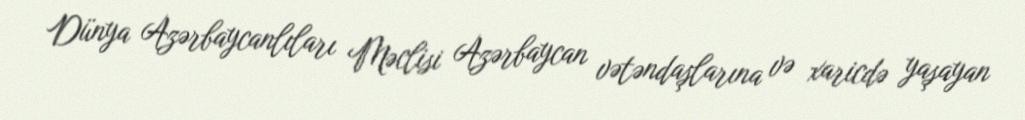
Dünya Azərbaycanlıları Məclisi Azərbaycan vətəndaşlarına və xaricdə yaşayan